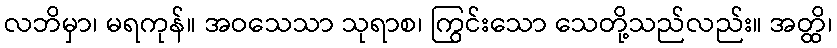
လဘိမှာ၊ မရကုန်။ အဝသေသာ သုရာစ၊ ကြွင်းသော သေတို့သည်လည်း။ အတ္ထိ၊